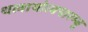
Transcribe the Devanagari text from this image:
थलायोलपारम्बू